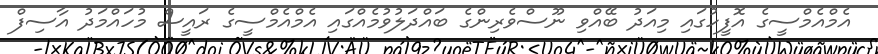
އެމްއެމްސީގެ އޮފީހުގައި މިއަދު ބޭއްވި ނޫސްވެރިންގެ ބައްދަލުވުމެއްގައި އެމްއެމްސީގެ ރައީސް މުހައްމަދު އާސިފް